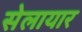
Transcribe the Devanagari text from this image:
सेलायार